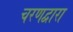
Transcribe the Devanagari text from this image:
चरणद्वारा